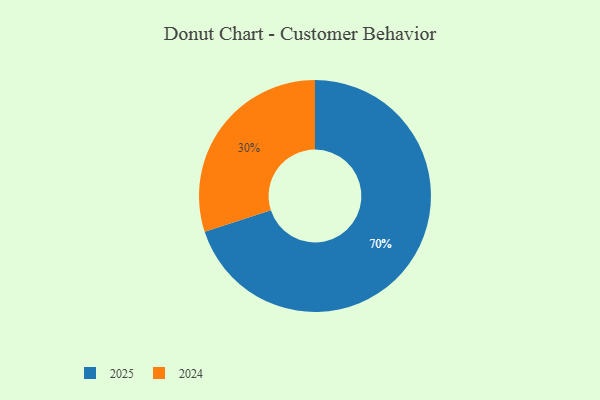
{"axis": {"x": "Category", "y": "Percentage"}, "legend": ["2024", "2025"], "data": [{"x": "2024", "y": 30, "type": "2024"}, {"x": "2025", "y": 70, "type": "2025"}]}